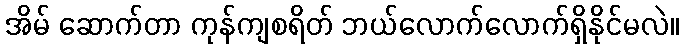
အိမ် ဆောက်တာ ကုန်ကျစရိတ် ဘယ်လောက်လောက်ရှိနိုင်မလဲ။